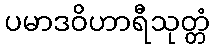
ပမာဒဝိဟာရီသုတ္တံ